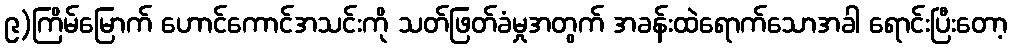
၉)ကြိမ်မြောက် ဟောင်ကောင်အသင်းကို သတ်ဖြတ်ခံမှုအတွက် အခန်းထဲရောက်သောအခါ ရောင်းပြီးတော့